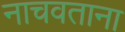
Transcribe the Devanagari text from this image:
नाचवताना